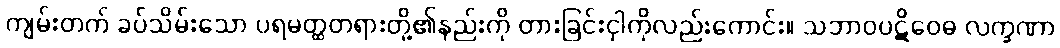
ကျမ်းတက် ခပ်သိမ်းသော ပရမတ္ထတရားတို့၏နည်းကို တားခြင်းငှါကိုလည်းကောင်း။ သဘာဝပဋိဝေဓ လက္ခဏာ